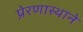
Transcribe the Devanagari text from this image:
प्रेरणास्थाने